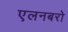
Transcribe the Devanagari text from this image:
एलनबरो